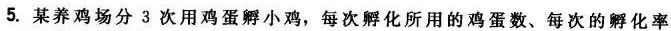
5. 某养鸡场分 3 次用鸡蛋孵小鸡，每次孵化所用的鸡蛋数、每次的孵化率